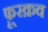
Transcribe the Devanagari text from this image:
फ़ूरक्रव